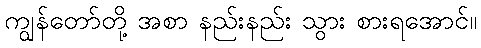
ကျွန်တော်တို့ အစာ နည်းနည်း သွား စားရအောင်။